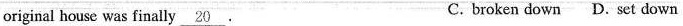
original house was finally \underline{20} . C. broken down D.set down